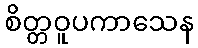
စိတ္တဝူပကာသေန